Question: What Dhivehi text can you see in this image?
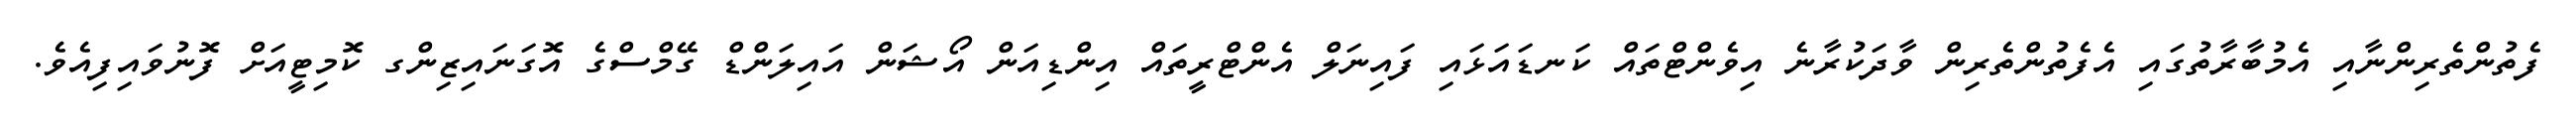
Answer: ފެތުންތެރިންނާއި އެމުބާރާތުގައި އެފެތުންތެރިން ވާދަކުރާނެ އިވެންޓްތައް ކަނޑައަޅައި ފައިނަލް އެންޓްރީތައް އިންޑިއަން އޯޝަން އައިލަންޑް ގޭމްސްގެ އޮގަނައިޒިންގ ކޮމިޓީއަށް ފޮނުވައިފިއެވެ.